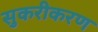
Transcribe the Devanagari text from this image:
सुकरीकरण